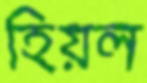
হিয়ল